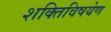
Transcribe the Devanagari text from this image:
शक्तिविषयेण